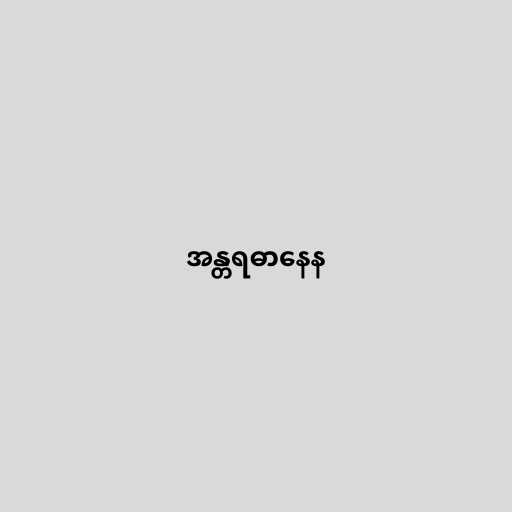
အန္တရဓာနေန